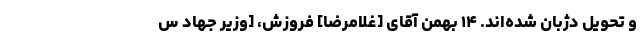
و تحویل دژبان شده‌اند. ۱۴ بهمن آقای [غلامرضا] فروزش، [وزیر جهاد س